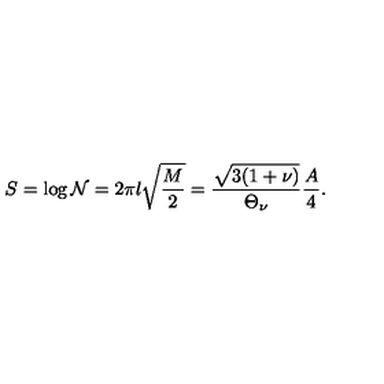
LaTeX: S = \log { \cal N } = 2 \pi l \sqrt { \frac { M } { 2 } } = \frac { \sqrt { 3 ( 1 + \nu ) } } { \Theta _ { \nu } } \frac { A } { 4 } .